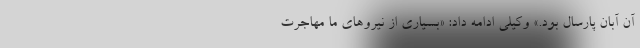
آن آبان پارسال بود.» وکیلی ادامه داد: «بسیاری از نیروهای ما مهاجرت